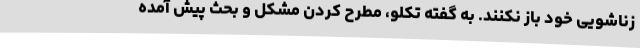
زناشویی خود باز نکنند. به گفته تکلو، مطرح کردن مشکل و بحث پیش آمده